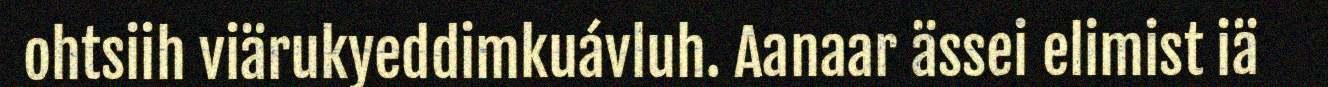
ohtsiih viärukyeddimkuávluh. Aanaar ässei elimist iä